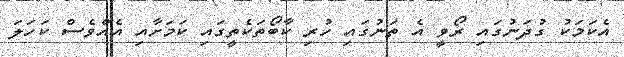
އެކަމަކު ގުދަނުގައި ރޯވީ އެ ތަނުގައި ހުރި ކާބޯތަކެތީގައި ކަމަށާއި އެއްވެސް ކަހަލަ